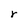
Character: r